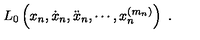
L _ { 0 } \left( x _ { n } , \dot { x } _ { n } , \ddot { x } _ { n } , \cdots , x _ { n } ^ { ( m _ { n } ) } \right) \ .